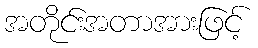
အတိုင်းအတာအားဖြင့်